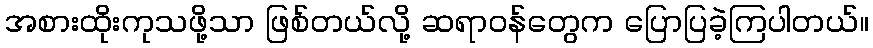
အစားထိုးကုသဖို့သာ ဖြစ်တယ်လို့ ဆရာဝန်တွေက ပြောပြခဲ့ကြပါတယ်။